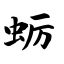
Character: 蛎